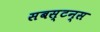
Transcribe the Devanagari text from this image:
सबस्टन्स